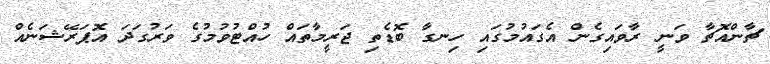
ޗާންއޮޗާ ވަނީ ރާވައިގެން އެގައުމުގައި ހިނގާ ބޮޑެތި ޖަރީމާތައް ހުއްޓުވުމުގެ ވަރުގަދަ އޮޕަރޭޝަނެއް